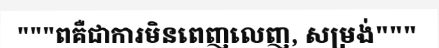
"""ពគឺជាការមិនពេញលេញ, សម្រង់"""